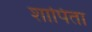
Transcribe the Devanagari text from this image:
शापिता